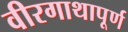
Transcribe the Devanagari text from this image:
वीरगाथापूर्ण